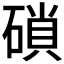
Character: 𥔭